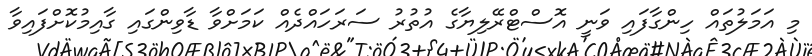
މި އަމަލުތައް ހިންގާފައި ވަނީ އޮސްޓްރޭލިޔާގެ އުތުރު ސަރަހައްދެއް ކަމަށްވާ ޑާވިންގައި ގާއިމުކޮށްފައިވާ